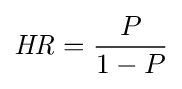
{\mathit {HR}}={\frac {P}{1-P}}